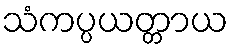
သံကပ္ပယတ္တာယ